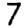
Digit: 7